Report of the King Institute of Preventive Medicine, Guindy
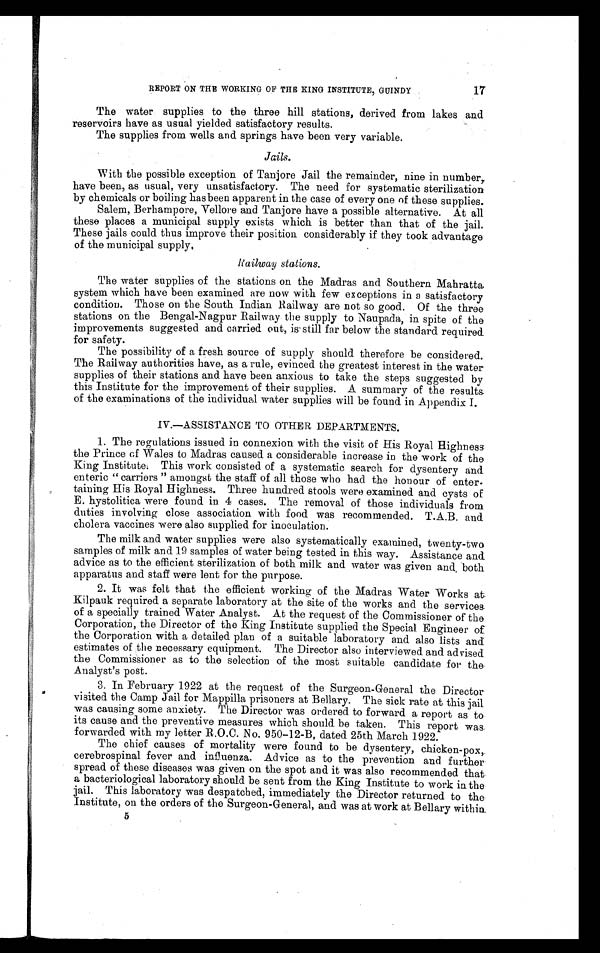
REPORT ON THE WORKING OF THE KING INSTITUTE, GUINDY
The water supplies to the three hill stations, derived from lakes and
reservoirs have as usual yielded satisfactory results.
The supplies from wells and springs have been very variable.
Jails.
With the possible exception of Tanjore Jail the remainder, nine in number,
have been, as usual, very unsatisfactory. The need for systematic sterilization
by chemicals or boiling has been apparent in the case of every one of these supplies
. Salem, Berhampore, Vellore and Tanjore have a possible alternative. At all
these places a municipal supply exists which is better than that of the jail.
These jails could thus improve their position considerably if they took advantage
of the municipal supply.
Railway stations.
The water supplies of the stations on the Madras and Southern Mahratta
system which have been examined are now with few exceptions in a satisfactory
condition. Those on the South Indian Railway are not so good. Of the three
stations on the Bengal-Nagpur Railway the supply to Naupada, in spite of the
improvements suggested and carried out, is still far below the standard required
for safety.
The possibility of a fresh source of supply should therefore be considered.
The Railway authorities have, as a rule, evinced the greatest interest in the water
supplies of their stations and have been anxious to take the steps suggested by
this Institute for the improvement of their supplies. A summary of the results
of the examinations of the individual water supplies will be found in Appendix I .
IV.—ASSISTANCE TO OTHER DEPARTMENTS.
1. The regulations issued in connexion with the visit of His Royal Highness
the Prince of Wales to Madras caused a considerable increase in the work of the
King Institute.T h i s w o r k c o n s i s t e d o f a s y s t e m a t i c s e a r c h f o r d y s e n t e r y a n d
enteric " carriers " amongst the staff of all those who had the honour of enter-
taining His Royal Highness. Three hundred stools were examined and cysts of
E. hystolitica were found in 4 cases. The removal of those individuals from
duties involving close association with food was recommended. T.A.B. and
cholera vaccines were also supplied for inoculation.
The milk and water supplies were also systematically examined, twenty-two
samples of milk and 19 samples of water being tested in this way. Assistance and
advice as to the efficient sterilization of both milk and water was given and both
apparatus and staff were lent for the purpose.
2. It was felt that the efficient working of the Madras Water Works at,
Kilpauk required a separate laboratory at the site of the works and the services
of a specially trained Water Analyst. At the request of the Commissioner of the
Corporation, the Director of the King institute supplied the Special Engineer of
the Corporation with a detailed plan of a suitable laboratory and also lists and
estimates of the necessary equipment. The Director also interviewed and advised
the Commissioner as to the selection of the most suitable candidate for the
Analyst's post.
3. In February 1922 at the request of the Surgeon-General the Director
visited the Camp Jail for Mappilla prisoners at Bellary. The sick rate at this jail
was causing some anxiety. The Director was ordered to forward a report as to
its cause and the preventive measures which should be taken. This report was
forwarded with my letter R.O.C. N o. 950-12-B, dated 25th March 1922.
The chief causes of mortality were found to be dysentery, chicken-pox,
cerebrospinal fever and influenza. Advice as to the prevention and further
spread of these diseases was given on the spot and it was also recommended that
a bacteriological laboratory should be sent from the King Institute to work in the
jail. This laboratory was despatched, immediately the Director returned to the
Institute, on the orders of the Surgeon-General, and was at work at Bellary within
5